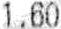
1.60